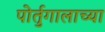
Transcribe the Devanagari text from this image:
पोर्तुगालाच्या